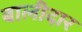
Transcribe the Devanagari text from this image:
बालीदार